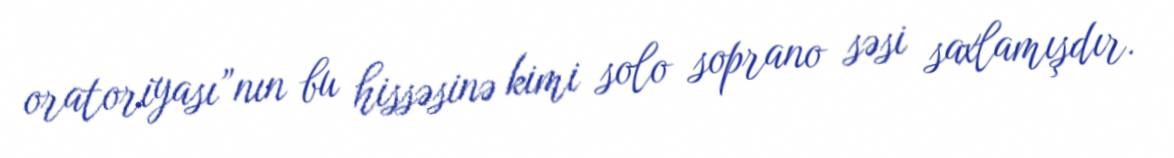
oratoriyası”nın bu hissəsinə kimi solo soprano səsi saxlamışdır.